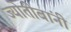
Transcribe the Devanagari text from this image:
ज्योतीबांनी